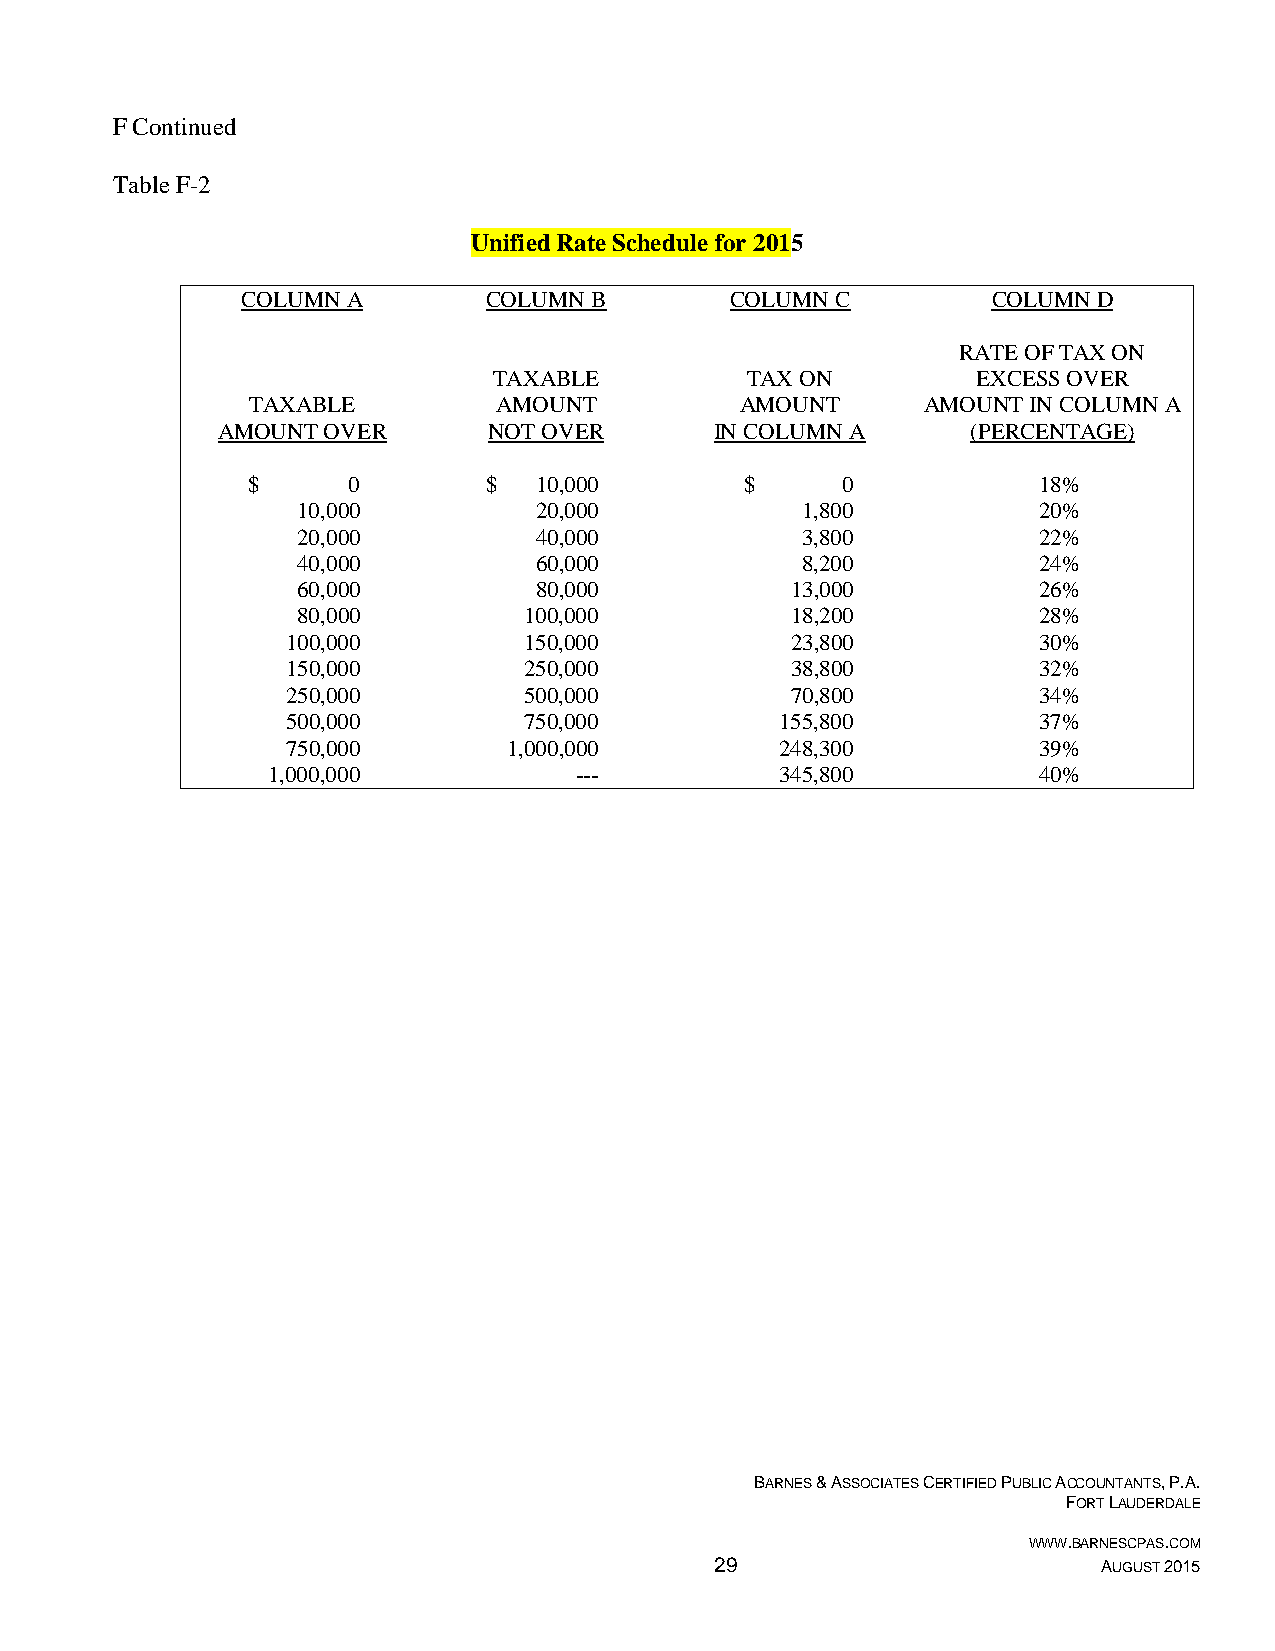
F Continued
 Table F-2
 Unified Rate Schedule for 2015
 COLUMN A        COLUMN B        COLUMN C          COLUMN D
 RATE OF TAX ON
 TAXABLE         TAX ON          EXCESS OVER
 TAXABLE          AMOUNT          AMOUNT      AMOUNT IN COLUMN A
 AMOUNT OVER       NOT OVER       IN COLUMN A      (PERCENTAGE)
 $      0        $  10,000        $      0            18%
 10,000         20,000            1,800           20%
 20,000         40,000            3,800           22%
 40,000         60,000            8,200           24%
 60,000         80,000           13,000           26%
 80,000         100,000          18,200           28%
 100,000         150,000          23,800           30%
 150,000         250,000          38,800           32%
 250,000         500,000          70,800           34%
 500,000         750,000          155,800          37%
 750,000        1,000,000         248,300          39%
 1,000,000           ---           345,800          40%
 BARNES & ASSOCIATES CERTIFIED PUBLIC ACCOUNTANTS, P.A.
 FORT LAUDERDALE
 WWW.BARNESCPAS.COM
 29                        AUGUST 2015